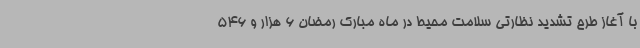
با آغاز طرح تشدید نظارتی سلامت محیط در ماه مبارک رمضان 6 هزار و 546